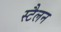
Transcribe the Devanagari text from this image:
स्टैलन